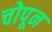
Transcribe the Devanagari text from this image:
चोपून